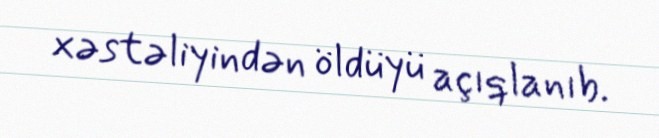
xəstəliyindən öldüyü açıqlanıb.